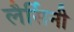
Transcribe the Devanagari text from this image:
लैर्सिनी